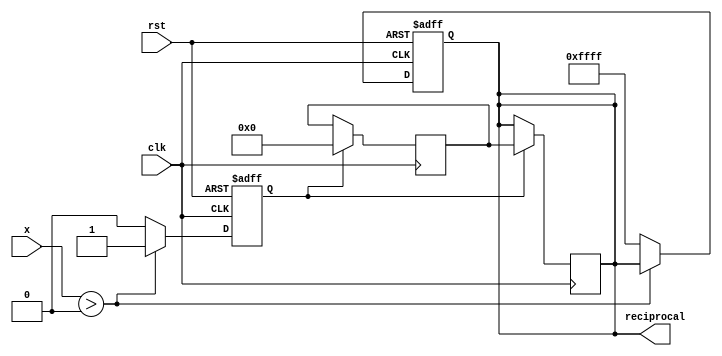
module poly_reciprocal (
    input wire [15:0] x,          // Input value (fixed-point, range [0, 1])
    output reg [15:0] reciprocal,  // Output reciprocal (fixed-point)
    input wire clk,                // Clock signal
    input wire rst                 // Reset signal
);

    // Polynomial coefficients for approximation (example coefficients)
    parameter c0 = 16'hFFFF; // Coefficient for x^0
    parameter c1 = 16'h7FFF; // Coefficient for x^1
    parameter c2 = 16'h3FFF; // Coefficient for x^2
    parameter c3 = 16'h1FFF; // Coefficient for x^3

    // Internal signals
    reg [15:0] x_transformed; // Transformed input
    reg [15:0] poly_result;   // Polynomial result
    reg valid;                // Validity flag

    // Check input validity and transform input
    always @(posedge clk or posedge rst) begin
        if (rst) begin
            reciprocal <= 16'h0000; // Reset output
            valid <= 1'b0;
        end else begin
            if (x > 16'h0000) begin // Check if x > 0
                valid <= 1'b1;
                // Transform input (example: scaling)
                x_transformed <= x; // No scaling in this example
            end else begin
                valid <= 1'b0;
                reciprocal <= 16'hFFFF; // Error value for invalid input
            end
        end
    end

    // Polynomial evaluation using Horner's method
    always @(posedge clk) begin
        if (valid) begin
            // Evaluate polynomial R(x) = c0 + c1*x + c2*x^2 + c3*x^3
            poly_result <= c0 + (c1 * x_transformed) >> 15 + 
                           (c2 * (x_transformed * x_transformed)) >> 30 + 
                           (c3 * (x_transformed * x_transformed * x_transformed)) >> 45;
            reciprocal <= poly_result; // Assign polynomial result to reciprocal
        end
    end

endmodule